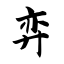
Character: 弈